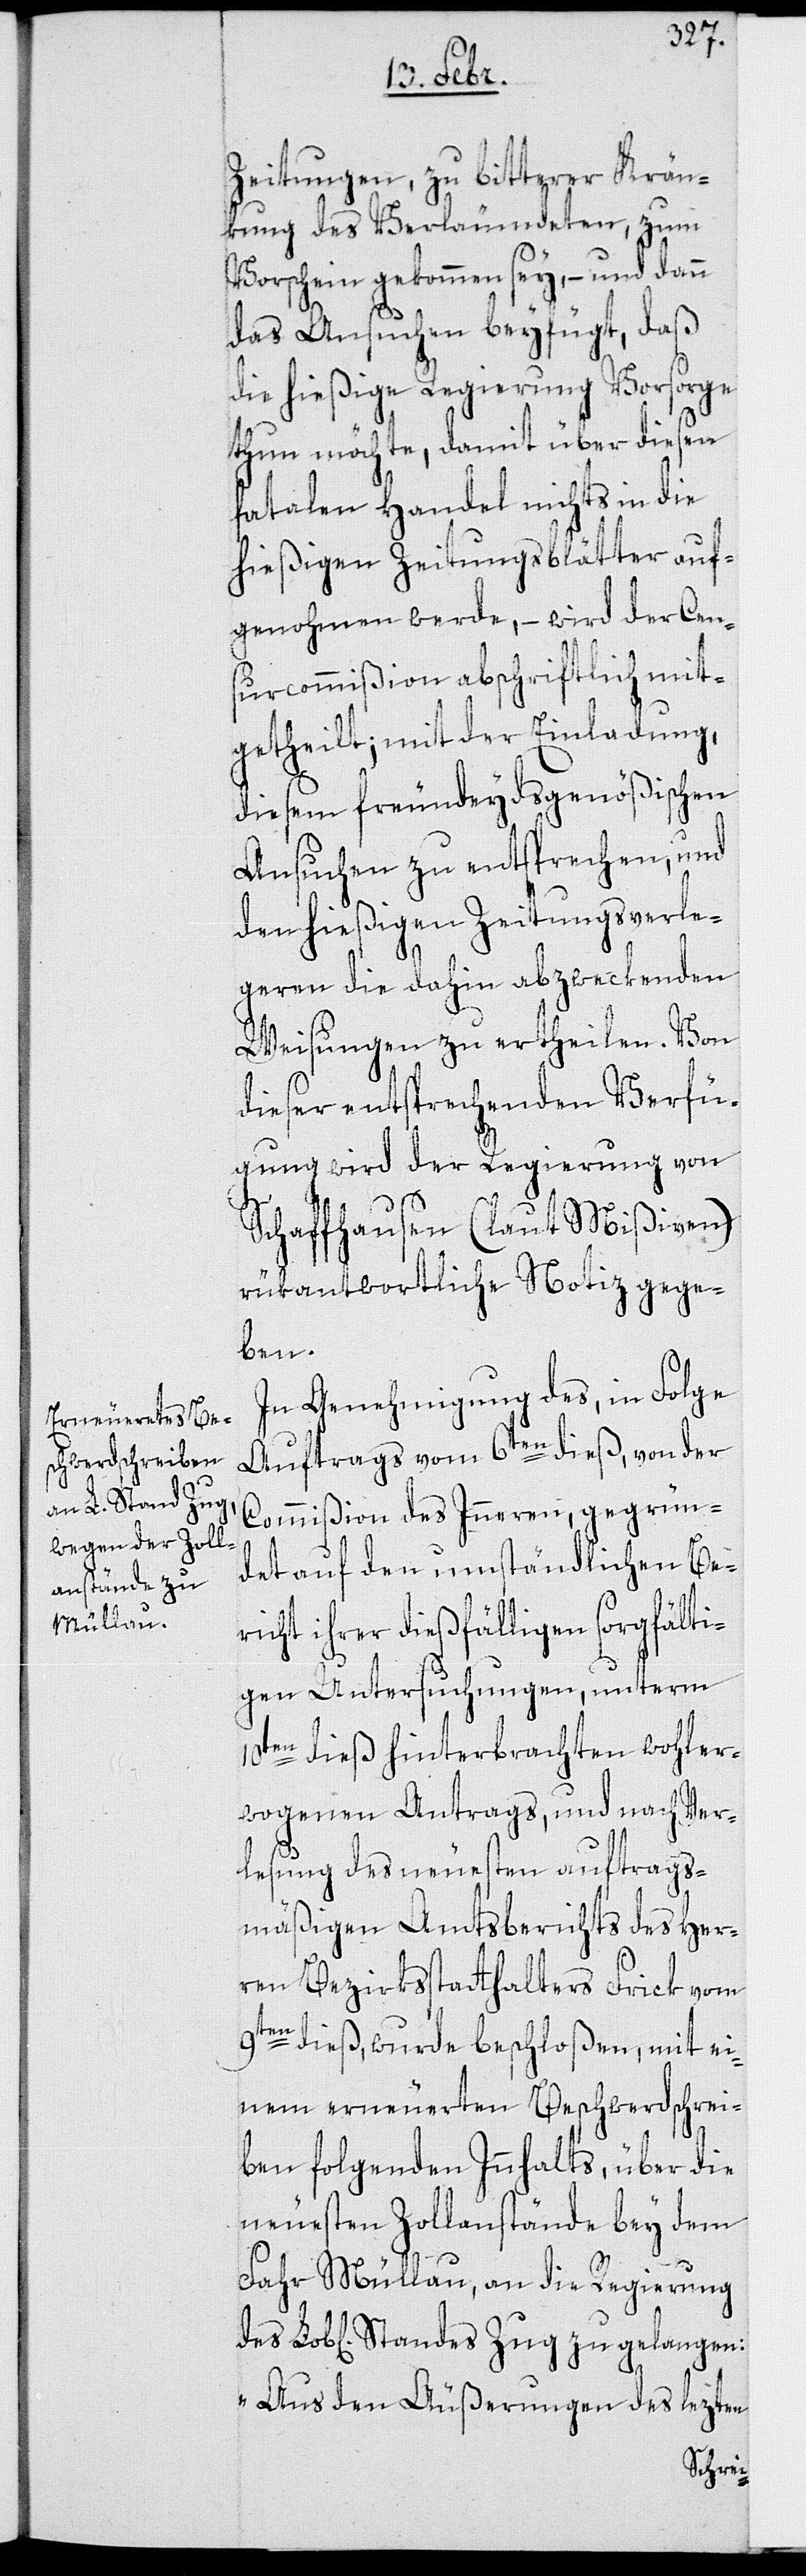
Zeitungen, zu bitterer Krän¬
kung des Verläumdeten, zum
Vorschein gekommen sey, – und dann
das Ansuchen beyfügt, daß
die hießige Regierung Vorsorge
thun möchte, damit über diesen
fatalen Handel nichts in die
hießigen Zeitungsblätter auf¬
genohmen werde, – wird der Cen¬
surcommißion abschriftlich mit¬
getheilt, mit der Einladung,
diesem freundeydsgenößischen
Ansuchen zu entsprechen, und
den hießigen Zeitungsverle¬
geren die dahin abzwekenden
Weisungen zu ertheilen. Von
dieser entsprechenden Verfü¬
gung wird der Regierung von
Schaffhausen (laut Mißiven)
rükantwortliche Notiz gege¬
ben.
In Genehmigung des, in Folge
Auftrags vom 6ten dieß, von der
Commißion des Inneren, gegrün¬
det auf den umständlichen Be¬
richt ihrer dießfälligen sorgfälti¬
gen Untersuchungen, unterm
10ten dieß hinterbrachten wohler¬
wogenen Antrags, und nach Ver¬
lesung des neuesten auftrags¬
mäßigen Amtsberichts des Her¬
ren Bezirksstatthalters Frick vom
9ten dieß, wurde beschloßen, mit ei¬
nem erneuerten Beschwerdschrei¬
ben folgenden Innhalts, über die
neuesten Zollanstände bey dem
Fahr Mühlau, an die Regierung
„Aus den Äußerungen des lezten